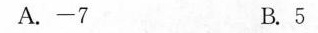
A.-7 B.5